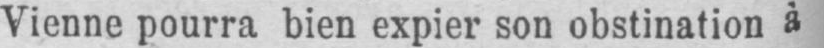
Vienne pourra bien expier son obstination à